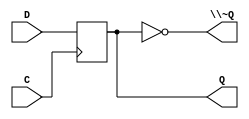
/*
 * Generated by Digital. Don't modify this file!
 * Any changes will be lost if this file is regenerated.
 */
module DIG_D_FF_1bit
#(
    parameter Default = 0
)
(
   input D,
   input C,
   output Q,
   output \~Q
);
    reg state;

    assign Q = state;
    assign \~Q = ~state;

    always @ (posedge C) begin
        state <= D;
    end

    initial begin
        state = Default;
    end
endmodule


module fsm (
  input tp1, tp2, tp3, tp4, tp5,

  input CORRECT1,
  input CORRECT2,
  input EQUAL,
  input K7,
  input K8,
  input K9,
  input VALID,
  input C,
  output CHANGE_UC,
  output IS_PROG_0,
  output IS_PROG_1,
  output LED1_0,
  output LED1_1,
  output LED2_0,
  output LED2_1,
  output LED3_0,
  output LED3_1,
  output LOCK_TOG,
  output RST
);
  wire s0;
  wire \Z_4^n ;
  wire s1;
  wire \Z_1^n ;
  wire \Z_2^n ;
  wire s2;
  wire s3;
  wire s4;
  wire \Z_3^n ;
  wire \Z_0^n ;
  wire s5;
  wire s6;
  wire s7;
  wire s8;
  wire s9;
  wire s10;
  wire s11;
  wire s12;
  wire s13;
  wire s14;
  wire s15;
  wire [4:0] s16;
  assign LED1_0 = 1'b0;
  assign s11 = ~ CORRECT2;
  assign s14 = ~ EQUAL;
  assign s6 = ~ K7;
  assign s8 = ~ K8;
  assign s7 = ~ K9;
  assign s12 = ~ VALID;
  assign s0 = ((CORRECT2 & s1 & \Z_1^n  & \Z_2^n  & s2) | (K8 & s1 & s3 & s4 & \Z_3^n ) | (VALID & \Z_0^n  & s3 & s4 & \Z_3^n ));
  assign s5 = ((EQUAL & \Z_1^n  & s4 & \Z_3^n ) | (s6 & s1 & s3 & \Z_2^n  & s2) | (K8 & s7 & s1 & s3 & s4 & s2) | (s8 & K9 & s1 & s3 & s4) | (K8 & \Z_0^n  & s3 & \Z_2^n  & s2) | (s8 & s1 & s4 & \Z_3^n ) | (s1 & \Z_1^n  & s4 & \Z_3^n ) | \Z_4^n );
  assign s9 = ((~ CORRECT1 & s6 & s1 & \Z_1^n  & s4 & s2 & s10) | (s11 & s1 & \Z_1^n  & \Z_2^n ) | (s6 & s3 & \Z_2^n  & s2) | (s8 & K9 & s1 & s3 & s4 & s2 & s10) | (K8 & s7 & s1 & s3 & s4 & s2 & s10) | (s12 & \Z_0^n  & s4 & \Z_3^n ) | (\Z_0^n  & s3 & \Z_2^n  & s2) | (\Z_0^n  & \Z_1^n  & \Z_3^n ) | (\Z_1^n  & \Z_2^n  & \Z_3^n ));
  assign s13 = ((CORRECT1 & s6 & s1 & \Z_1^n  & s4) | (s11 & s1 & \Z_1^n  & \Z_2^n  & s2) | (s14 & \Z_0^n  & \Z_1^n  & \Z_3^n ) | (s6 & K9 & \Z_0^n  & s3 & s4 & s10) | (K8 & s7 & s1 & s3 & s4 & s2 & s10) | (K8 & \Z_0^n  & s3 & \Z_2^n  & s2) | (\Z_0^n  & s3 & s4 & \Z_3^n ) | (s1 & \Z_1^n  & s4 & \Z_3^n ) | (\Z_0^n  & \Z_1^n  & \Z_2^n  & \Z_3^n ) | (\Z_1^n  & \Z_4^n ));
  assign s15 = ((CORRECT1 & s6 & s1 & \Z_1^n  & s4 & s2 & s10) | (s11 & s1 & \Z_1^n  & \Z_2^n ) | (s14 & \Z_0^n  & \Z_1^n  & s4 & \Z_3^n ) | (s6 & s7 & \Z_0^n  & s3 & s2) | (s6 & \Z_0^n  & s3 & \Z_2^n ) | (s6 & s3 & \Z_2^n  & s2) | (s8 & K9 & s1 & s3 & s4 & s2 & s10) | (K8 & s1 & s4 & \Z_3^n ) | (s12 & \Z_0^n  & s3 & s4 & \Z_3^n ) | (\Z_0^n  & s3 & \Z_2^n  & s2) | (s1 & \Z_1^n  & \Z_2^n  & \Z_3^n ) | (\Z_0^n  & \Z_4^n ));
  // Z_4^n
  DIG_D_FF_1bit #(
    .Default(0)
  )
  DIG_D_FF_1bit_i0 (
    .D( s0 ),
    .C( C ),
    .Q( \Z_4^n  )
  );
  // Z_3^n
  DIG_D_FF_1bit #(
    .Default(0)
  )
  DIG_D_FF_1bit_i1 (
    .D( s5 ),
    .C( C ),
    .Q( \Z_3^n  )
  );
  // Z_2^n
  DIG_D_FF_1bit #(
    .Default(0)
  )
  DIG_D_FF_1bit_i2 (
    .D( s9 ),
    .C( C ),
    .Q( \Z_2^n  )
  );
  // Z_1^n
  DIG_D_FF_1bit #(
    .Default(0)
  )
  DIG_D_FF_1bit_i3 (
    .D( s13 ),
    .C( C ),
    .Q( \Z_1^n  )
  );
  // Z_0^n
  DIG_D_FF_1bit #(
    .Default(0)
  )
  DIG_D_FF_1bit_i4 (
    .D( s15 ),
    .C( C ),
    .Q( \Z_0^n  )
  );

  assign {tp1, tp2, tp3, tp4, tp5} = { \Z_0^n , \Z_1^n ,  \Z_2^n ,  \Z_3^n ,  \Z_4^n };

  assign RST = ((\Z_0^n  & \Z_2^n  & \Z_3^n ) | (\Z_1^n  & \Z_2^n  & \Z_3^n ) | \Z_4^n );
  assign s10 = ~ \Z_4^n ;
  assign s2 = ~ \Z_3^n ;
  assign s4 = ~ \Z_2^n ;
  assign s3 = ~ \Z_1^n ;
  assign s1 = ~ \Z_0^n ;
  assign s16[0] = \Z_0^n ;
  assign s16[1] = \Z_1^n ;
  assign s16[2] = \Z_2^n ;
  assign s16[3] = \Z_3^n ;
  assign s16[4] = \Z_4^n ;
  assign CHANGE_UC = (s1 & s3 & \Z_2^n  & \Z_3^n );
  assign IS_PROG_0 = ((s1 & \Z_1^n  & \Z_2^n  & s2) | (s1 & s3 & s4 & \Z_3^n ));
  assign IS_PROG_1 = ((\Z_0^n  & s3 & s4 & \Z_3^n ) | (s1 & \Z_1^n  & s4 & \Z_3^n ));
  assign LED2_0 = ((\Z_0^n  & s3 & s4 & s2 & s10) | (s1 & \Z_1^n  & s4 & s2 & s10));
  assign LED3_0 = ((\Z_0^n  & s3 & \Z_2^n  & s2) | (s1 & \Z_1^n  & \Z_2^n  & s2) | (s1 & s4 & \Z_3^n ) | (s1 & s3 & \Z_3^n ) | (s3 & s4 & \Z_3^n ));
  assign LED3_1 = ((\Z_0^n  & \Z_1^n  & \Z_2^n  & s2) | (s1 & s3 & \Z_2^n  & \Z_3^n ));
  assign LOCK_TOG = (\Z_0^n  & \Z_1^n  & s4 & s2);
endmodule